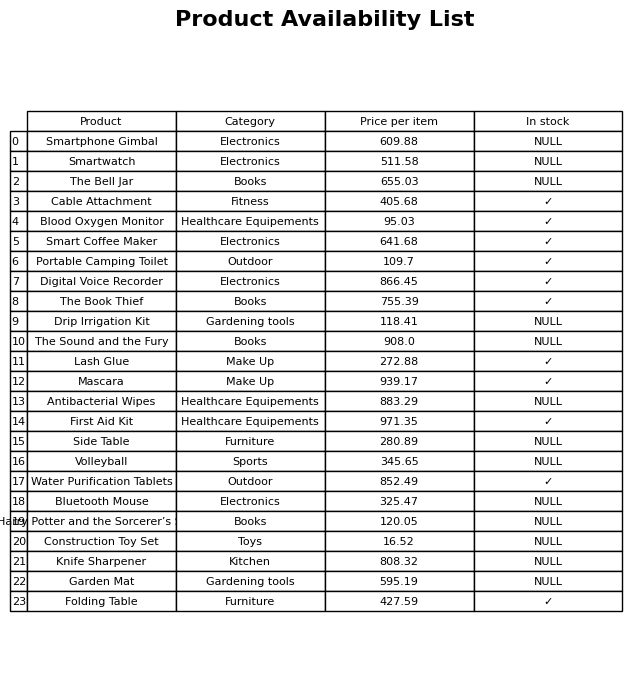
question: What is the price of the Construction Toy Set?
answer: The price of Construction Toy Set is 16.52.